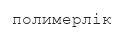
полимерлік